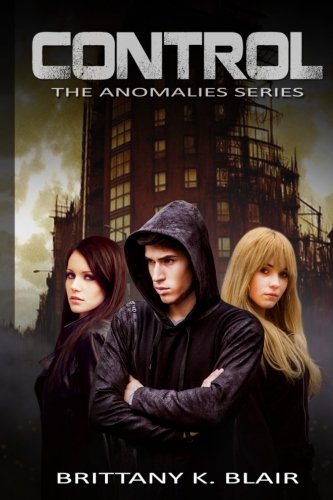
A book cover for Control (Anomalies) (Volume 1); Brittany K. Blair; Science Fiction & Fantasy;